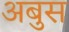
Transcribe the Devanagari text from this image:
अबुस